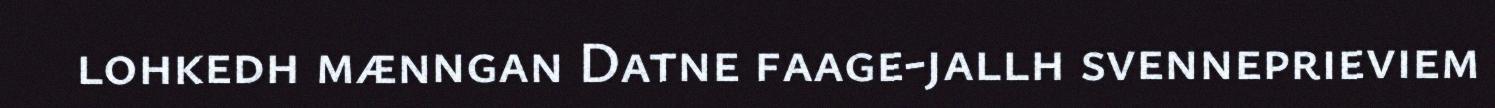
lohkedh mænngan Datne faage-jallh svenneprieviem